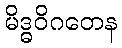
မိဒ္ဓဝိဂတေန